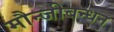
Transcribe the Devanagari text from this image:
मौन्जीबन्धन